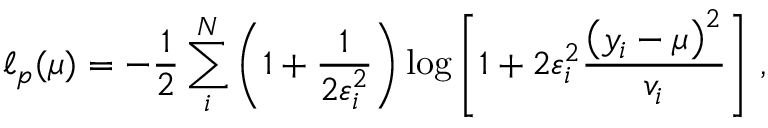
\ell _ { p } ( \mu ) = - \frac { 1 } { 2 } \sum _ { i } ^ { N } \left( 1 + \frac { 1 } { 2 \varepsilon _ { i } ^ { 2 } } \right) \log \left[ { 1 + 2 \varepsilon _ { i } ^ { 2 } \frac { \left( y _ { i } - \mu \right) ^ { 2 } } { v _ { i } } } \right] \, ,